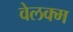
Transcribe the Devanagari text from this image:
वेलक्म